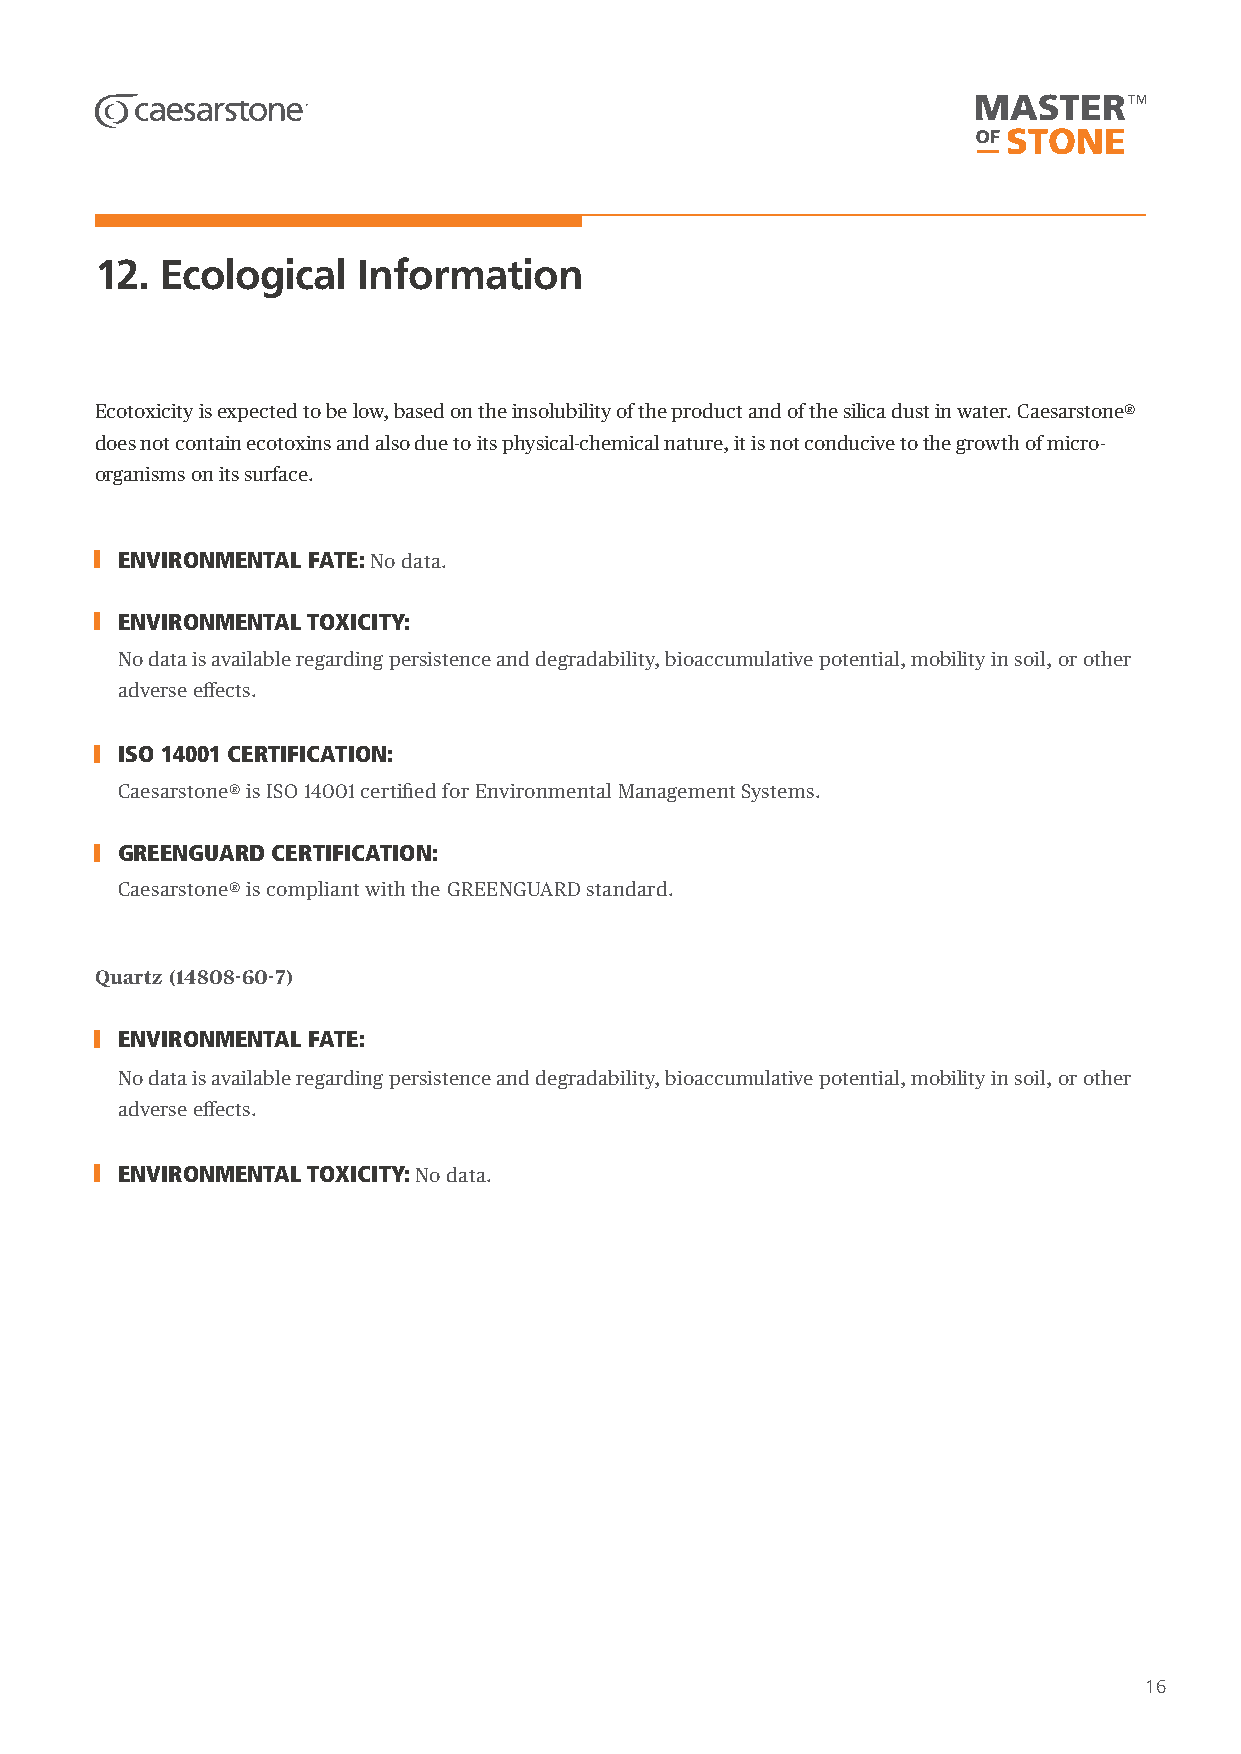
12.  Ecological   Information
 Ecotoxicity is expected to be low, based on the insolubility of the product and of the silica dust in water. Caesarstone®
 does not contain ecotoxins and also due to its physical-chemical nature, it is not conducive to the growth of micro-
 organisms on its surface.
 ENVIRONMENTAL FATE: No data.
 ENVIRONMENTAL TOXICITY:
 No data is available regarding persistence and degradability, bioaccumulative potential, mobility in soil, or other
 adverse effects.
 ISO 14001 CERTIFICATION:
 Caesarstone® is ISO 14001 certified for Environmental Management Systems.
 GREENGUARD CERTIFICATION:
 Caesarstone® is compliant with the GREENGUARD standard.
 Quartz (14808-60-7)
 ENVIRONMENTAL FATE:
 No data is available regarding persistence and degradability, bioaccumulative potential, mobility in soil, or other
 adverse effects.
 ENVIRONMENTAL TOXICITY: No data.
 16